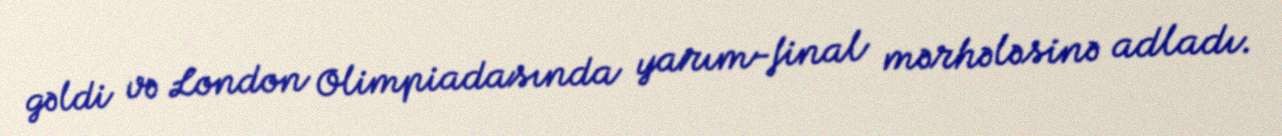
gəldi və London Olimpiadasında yarım-final mərhələsinə adladı.